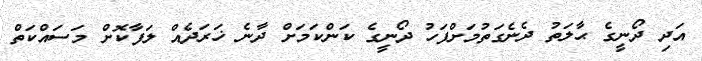
އަދި ދޯނީގެ ޙާލަތު ދެނެގަތުމަށްފަހު ދޯނީގެ ކަންކަމަށް ދާނެ ޚަރަދެއް ލަފާކޮށް މަސައްކަތް